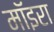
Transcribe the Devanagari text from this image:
मॉइरा